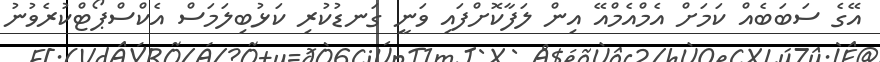
އޭގެ ސަބަބެއް ކަމަށް އެމްއެމްއޭ އިން ލަފާކޮށްފައި ވަނީ ގަނޑުކުރި ކަޅުބިލަމަސް އެކްސްޕޯޓްކުރެވުނު